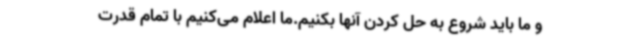
و ما باید شروع به حل کردن آنها بکنیم.ما اعلام می‌کنیم با تمام قدرت